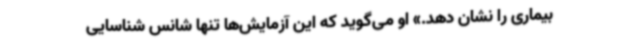
بیماری را نشان دهد.» او می‌گوید که این آزمایش‌ها تنها شانس شناسایی